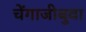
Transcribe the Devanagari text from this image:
चेंगाजीबुवा